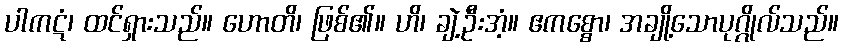
ပါကဋံ၊ ထင်ရှားသည်။ ဟောတိ၊ ဖြစ်၏။ ဟိ၊ ချဲ့ဦးအံ့။ ဧကစ္စော၊ အချို့သောပုဂ္ဂိုလ်သည်။